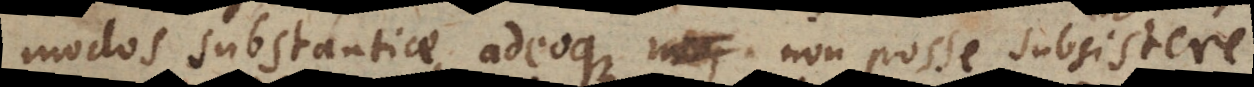
modos substantiae, adeoque non posse subsistere